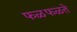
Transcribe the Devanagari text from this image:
फळफळते